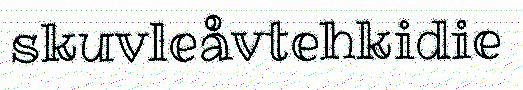
skuvleåvtehkidie